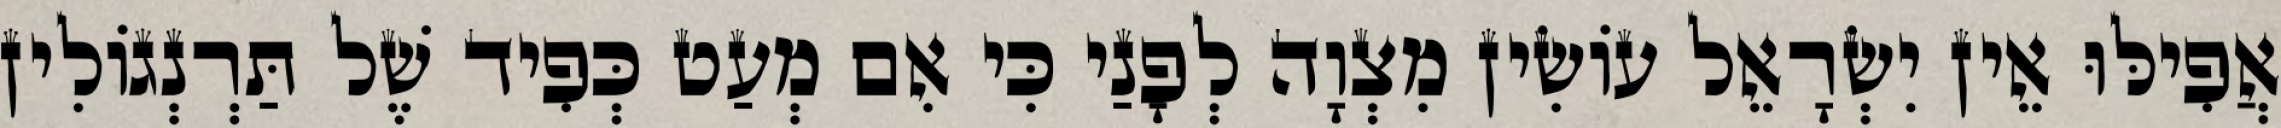
אֲפִילּוּ אֵין יִשְׂרָאֵל עוֹשִׂין מִצְוָה לְפָנַי כִּי אִם מְעַט כְּפִיד שֶׁל תַּרְנְגוֹלִין